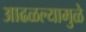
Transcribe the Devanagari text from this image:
आढळल्यामुळे